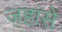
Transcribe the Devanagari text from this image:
जहांसे